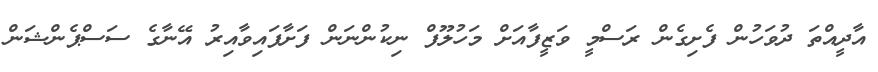
އާދީއްތަ ދުވަހުން ފެށިގެން ރަސްމީ ވަޒީފާއަށް މަހުލޫފް ނިކުންނަން ފަށާފައިވާއިރު އޭނާގެ ސަސްޕެންޝަން